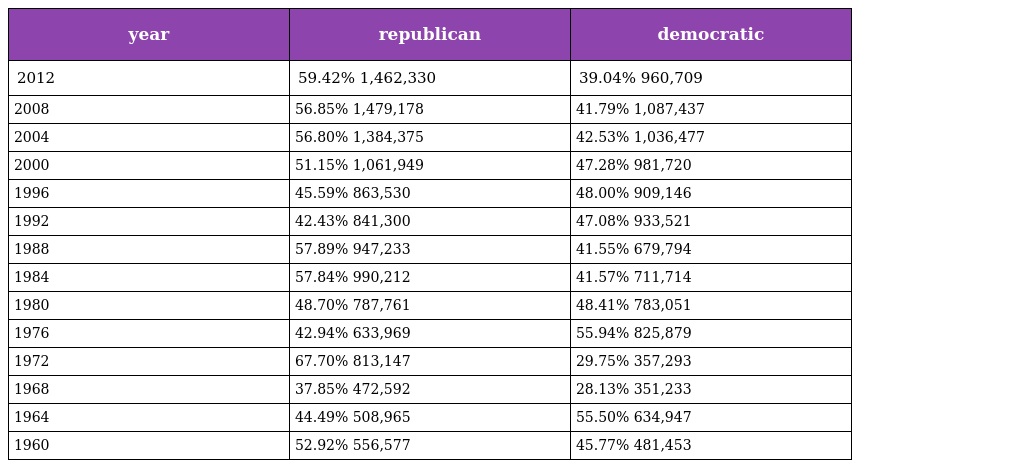
| year | republican | democratic |
 | --- | --- | --- |
 | 2012 | 59.42% 1,462,330 | 39.04% 960,709 |
 | 2008 | 56.85% 1,479,178 | 41.79% 1,087,437 |
 | 2004 | 56.80% 1,384,375 | 42.53% 1,036,477 |
 | 2000 | 51.15% 1,061,949 | 47.28% 981,720 |
 | 1996 | 45.59% 863,530 | 48.00% 909,146 |
 | 1992 | 42.43% 841,300 | 47.08% 933,521 |
 | 1988 | 57.89% 947,233 | 41.55% 679,794 |
 | 1984 | 57.84% 990,212 | 41.57% 711,714 |
 | 1980 | 48.70% 787,761 | 48.41% 783,051 |
 | 1976 | 42.94% 633,969 | 55.94% 825,879 |
 | 1972 | 67.70% 813,147 | 29.75% 357,293 |
 | 1968 | 37.85% 472,592 | 28.13% 351,233 |
 | 1964 | 44.49% 508,965 | 55.50% 634,947 |
 | 1960 | 52.92% 556,577 | 45.77% 481,453 |